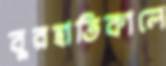
বুরহাতিকালে